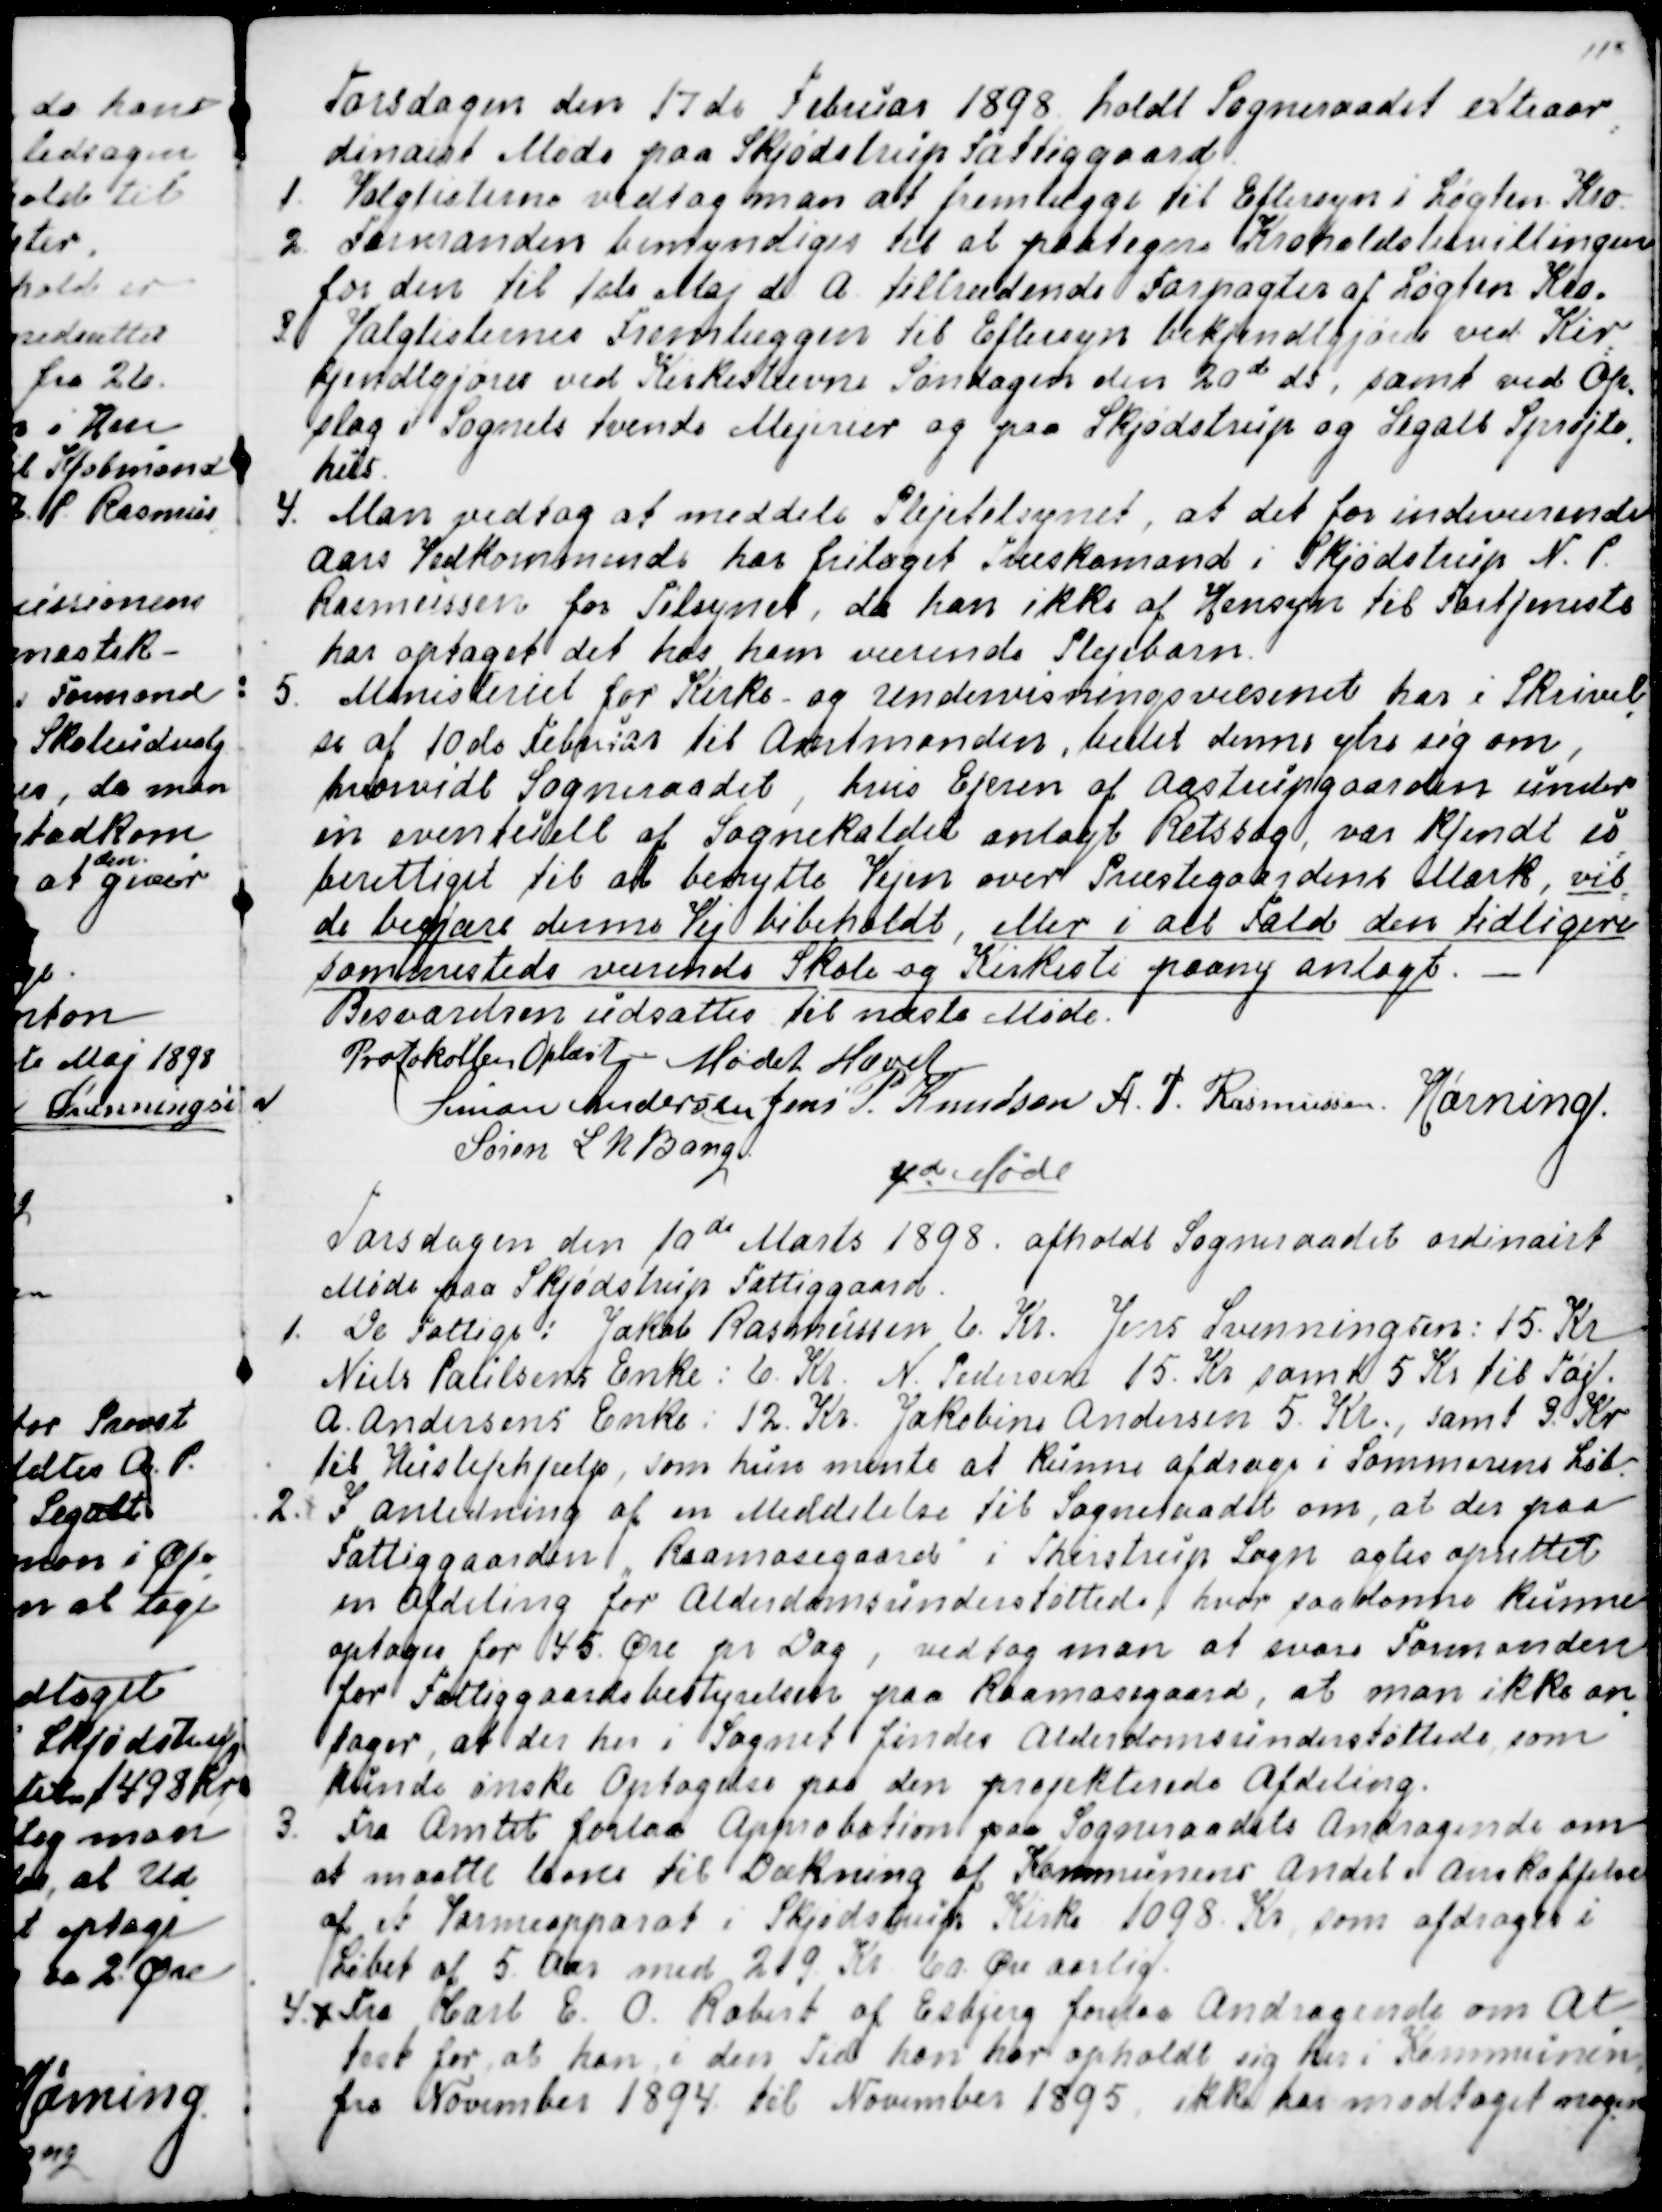
Transskription:
Torsdagen den 17de Februar 1898 holdt Sogneraadet extraor
=
dinairt Møde paa Skjødstrup Fattiggaard.
1. Valglisterne vedtog man at fremlægge til Eftersyn i Løgten Kro.
2. Formanden bemyndigedes til at paategne Kroholdsbevillingen
for den til 1ste Maj d. A. tiltrædende Forpagter af Løgten Kro.
3. Valglisternes Fremlæggen til Eftersyn bekjendtgjøres ved Kir
=
kjendtgjøres ved Kirkestævne Søndagen den 20de ds, samt ved Op-
slag i Sognets tvende Mejerier og paa Skjødstrup og Segalt Sprøjte-
hus.
4. Man vedtog at meddele Plejetilsynet, at det for indeværende
Aars Vedkommende har fritaget Træskomand i Skjødstrup N. P.
Rasmussen for Tilsynet, da han ikke af Hensyn til Fortjeneste
har optaget det hos ham værende Plejebarn.
5. Ministeriet for Kirke- og Undervisningsvæsenet har i Skrivel
=
se af 10de Februar til Amtmanden, bedet denne ytre sig om,
hvorvidt Sogneraadet, hvis Ejeren af Aastrupgaarden under
en eventuelt af Sognekaldet anlagte Retssag, var kjendt u
=
berettiget til at benytte Vejen over Præstegaardens Mark, vil
=
de begjære denne Vej bibeholdt, eller i alt Fald den tidligere
sammesteds værende Skole- og Kirkesti paany anlagt. 
Besvarelsen udsattes til næste Møde.
Protokollen Oplæst - Mødet Hævet
Simon Andersen
Jens P. Knudsen
A. P. Rasmussen
Hørning.
Søren L N Bang

4deMøde
Torsdagen den 10de Marts 1898. afholdt Sogneraadet ordinairt
Møde paa Skjødstrup Fattiggaard.
1. De Fattige: Jakob Rasmussen 6. Kr. Jens Svenningsen: 15. Kr.
Niels Paulsens Enke: 6. Kr.  N. Pedersen 15. Kr samt 5 Kr til Tøj.
A. Andersens Enke: 12. Kr. Jakobine Andersen 5. Kr., samt 3. Kr
til Huslejehjælp, som hun mente at kunne afdrage i Sommerens løb.
2. I Anledning af en Meddelelse til Sogneraadet om, at der paa
Fattiggaarden "Raamosegaard" i Thirstrup Sogn agtes oprettet
en Afdeling for Alderdomsunderstøttede, hvor saadanne kunne
optages for 45 Øre pr Dag , vedtog man at svare Formanden
for Fattiggaardsbestyrelsen paa Raamosegaard, at man ikke an
=
tager, at der her i Sognet findes Alderdomsunderstøttede, som
kunde ønske Optagelse paa den projekterede Afdeling.
3. Fra Amtet forelaa Approbation paa Sogneraadets Andragende om
at maatte laane til Dækning af Kommunens Andel i Anskaffelse
af et Varmeapparat i Skjødstrup Kirke 1098. Kr som afdrages i
Løbet af 5 Aar med 219. Kr 60 Øre aarlig.
4.
Fra Carl E. O. Robert  af Esbjerg forelaa Andragende om At
=
test for at han i den Tid han har opholdt sig her i Kommunen,
fra November 1894 til November 1895, ikke har modtaget nogen